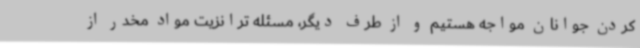
کردن جوانان مواجه هستیم و از طرف دیگر، مسئله ترانزیت مواد مخدر از